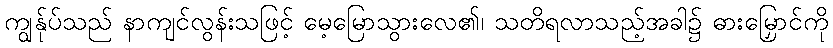
ကျွန်ုပ်သည် နာကျင်လွန်းသဖြင့် မေ့မြောသွားလေ၏၊ သတိရလာသည့်အခါ၌ ဓားမြှောင်ကို